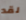
لقد